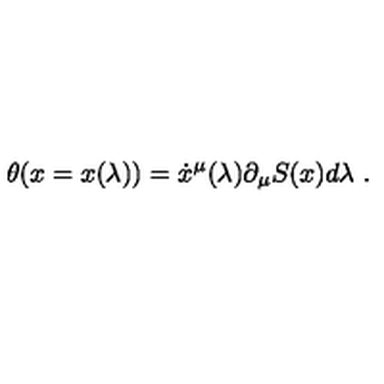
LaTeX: \theta ( x = x ( \lambda ) ) = \dot { x } ^ { \mu } ( \lambda ) \partial _ { \mu } S ( x ) d \lambda \ .